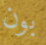
بون